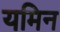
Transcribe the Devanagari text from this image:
यमिन